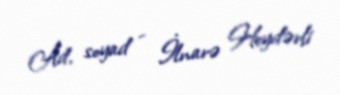
Ad, soyad - İlnarə Heydərli